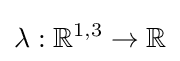
\lambda :\mathbb {R} ^{1,3}\rightarrow \mathbb {R}